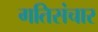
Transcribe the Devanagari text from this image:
गतिसंचार